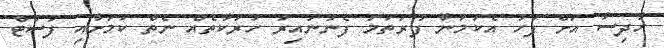
ހާދިސާ އަށް ފަހު އެކަމަނާ ފުރަތަމަ ފެނުނުއިރު ހަރަކާތެއް ނެތް ކަމަށާއި ފަސްޓް